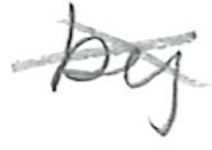
Text: by
Cross-out: cross
Writing tool: pencil